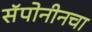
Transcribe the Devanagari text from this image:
सॅपोनीनचा